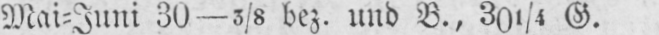
Mai⸗Juni 30-3/8 bez. und B., 301/4 G.